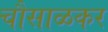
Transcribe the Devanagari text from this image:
चौसाळकर